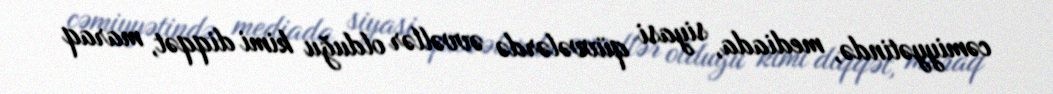
cəmiyyətində, mediada, siyasi qüvvələrdə əvvəllər olduğu kimi diqqət, maraq